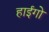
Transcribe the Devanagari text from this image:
हाईगो